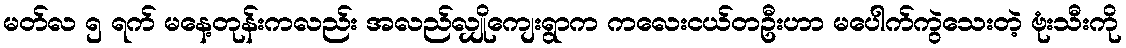
မတ်လ ၅ ရက် မနေ့တုန်းကလည်း အလည်လျှိုကျေးရွာက ကလေးငယ်တဦးဟာ မပေါက်ကွဲသေးတဲ့ ဗုံးသီးကို